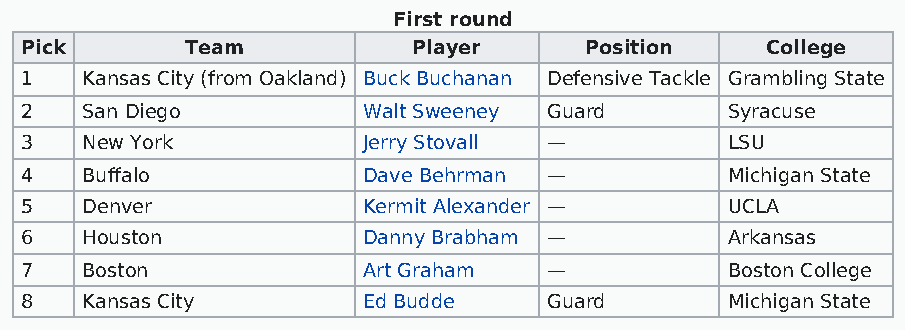
First round
 Pick       Team           Player      Position    College
 1   Kansas City (from Oakland) Buck Buchanan Defensive Tackle Grambling State
 2   San Diego          Walt Sweeney Guard      Syracuse
 3   New York           Jerry Stovall —         LSU
 4   Buffalo            Dave Behrman —          Michigan State
 5   Denver             Kermit Alexander —      UCLA
 6   Houston            Danny Brabham —         Arkansas
 7   Boston             Art Graham  —           Boston College
 8   Kansas City        Ed Budde    Guard       Michigan State